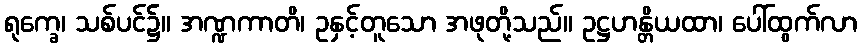
ရုက္ခေ၊ သစ်ပင်၌။ အဏ္ဍကာတိ၊ ဥနှင့်တူသော အဖုတို့သည်။ ဥဋ္ဌဟန္တိယထာ၊ ပေါ်ထွက်လာ